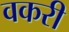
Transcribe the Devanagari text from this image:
वकरी